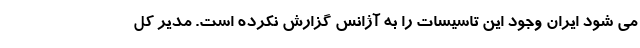
می شود ایران وجود این تاسیسات را به آژانس گزارش نکرده است. مدیر کل